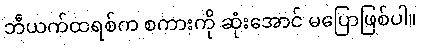
ဘီယက်ထရစ်က စကားကို ဆုံးအောင် မပြောဖြစ်ပါ။